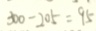
3 0 0 - 2 0 5 = 9 5